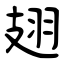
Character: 翅